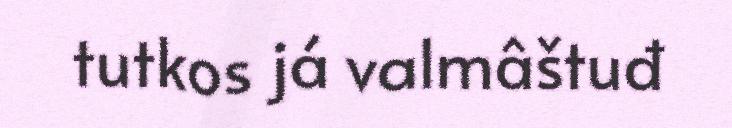
tutkos já valmâštuđ